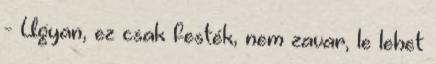
- Ugyan, ez csak festék, nem zavar, le lehet